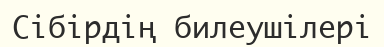
Сібірдің билеушілері